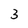
Character: 3